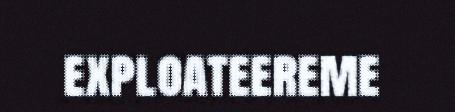
exploateereme